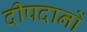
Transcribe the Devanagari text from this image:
दीपदानों